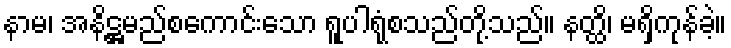
နာမ၊ အနိဋ္ဌမည်စကောင်းသော ရူပါရုံစသည်တို့သည်။ နတ္ထိ၊ မရှိကုန်ခဲ့။